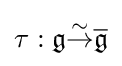
\tau :{\mathfrak {g}}{\overset {\sim }{\to }}{\overline {\mathfrak {g}}}